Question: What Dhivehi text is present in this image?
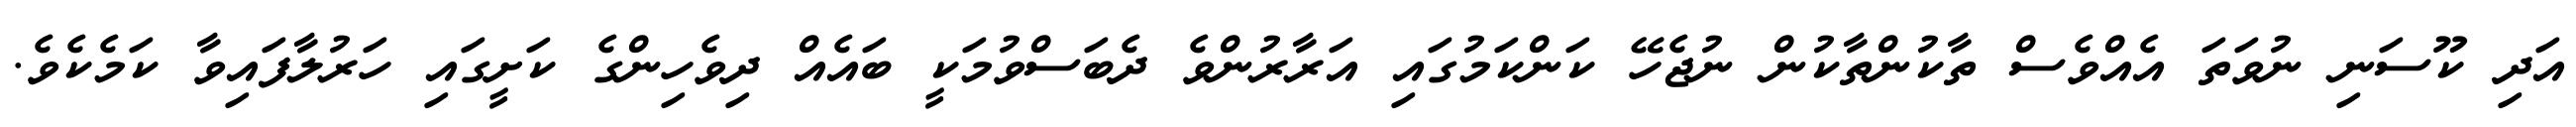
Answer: އަދި ކޫސަނި ނުވަތަ އެއްވެސް ތާކުންތާކުން ނުޖެހޭ ކަންކަމުގައި އަރާރުންވެ ދެބަސްވުމަކީ ބައެއް ދިވެހިންގެ ކަށީގައި ހަރުލާފައިވާ ކަމެކެވެ.